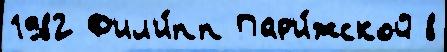
1982 Ф'ил'и́пп Пар'и́жской 8